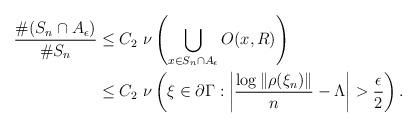
LaTeX: \begin{align*}\frac{\#(S_n \cap A_\epsilon)}{\#S_n} &\le C_2 \ \nu\left(\bigcup_{x \in S_n \cap A_\epsilon} O(x,R) \right)\\&\le C_2 \ \nu\left( \xi \in \partial \Gamma: \left| \frac{\log\|\rho(\xi_n)\|}{n} - \Lambda \right| > \frac{\epsilon}{2} \right).\end{align*}